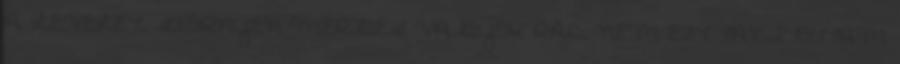
A LEVELET, SZÖRNYEN MÉRGES VAGYOK RÁD, NEM EZT TANÍTOTTAM